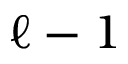
\ell - 1